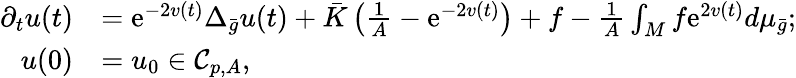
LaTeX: \begin{array}{rl}{\partial_{t}u(t)}&{=\mathrm{e}^{-2v(t)}\Delta_{\bar{g}}u(t)+\bar{K}\left(\frac 1A-\mathrm{e}^{-2v(t)}\right)+f-\frac 1A\int_{M}f\mathrm{e}^{2v(t)}d\mu_{\bar{g}};}\\ {u(0)}&{=u_{0}\in\mathcal{C}_{p,A},}\end{array}